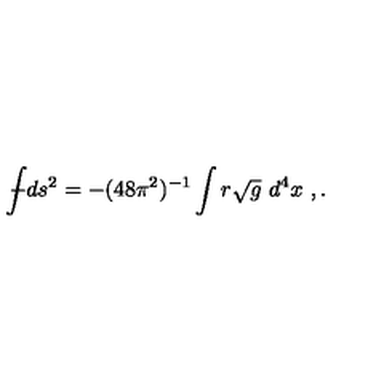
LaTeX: { \int \! \! \! \! \! \! - } d s ^ { 2 } = - ( 4 8 \pi ^ { 2 } ) ^ { - 1 } \int r \sqrt { g } \ d ^ { 4 } x \ , .